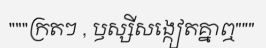
"""ក្រតៗ , ឫស្សីសង្កៀតគ្នាឮ"""